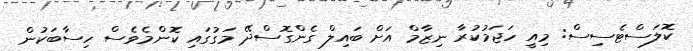
ކޮލަސްޓެސިސް: މިއީ ހަޖަމުކުރާ ނިޒާމް އަށް ބައިލް ގެންގޮސްދޭ މަގުގައި ކޮންމެވެސް ހިސާބަކުން